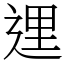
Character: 𨓦